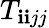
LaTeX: T_{\mathbf{i}\mathbf{i}jj}